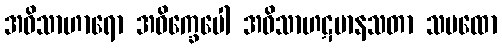
အဝိသာဟာရော အဝိက္ခေပေါ အဝိသာဟဋမာနသတာ သမထော